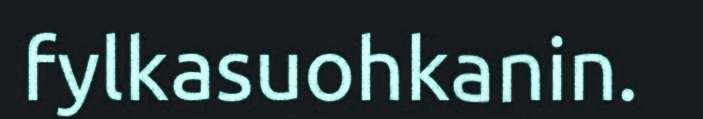
fylkasuohkanin.